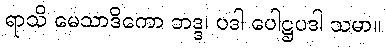
ရာသိ မေသာဒိကော ဘဒ္ဒ၊ ပဒါ ပေါဋ္ဌပဒါ သမာ။